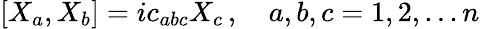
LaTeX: [X_{a},X_{b}]=ic_{abc}X_{c}\, ,\quad a,b,c=1,2,...n